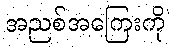
အညစ်အကြေးကို